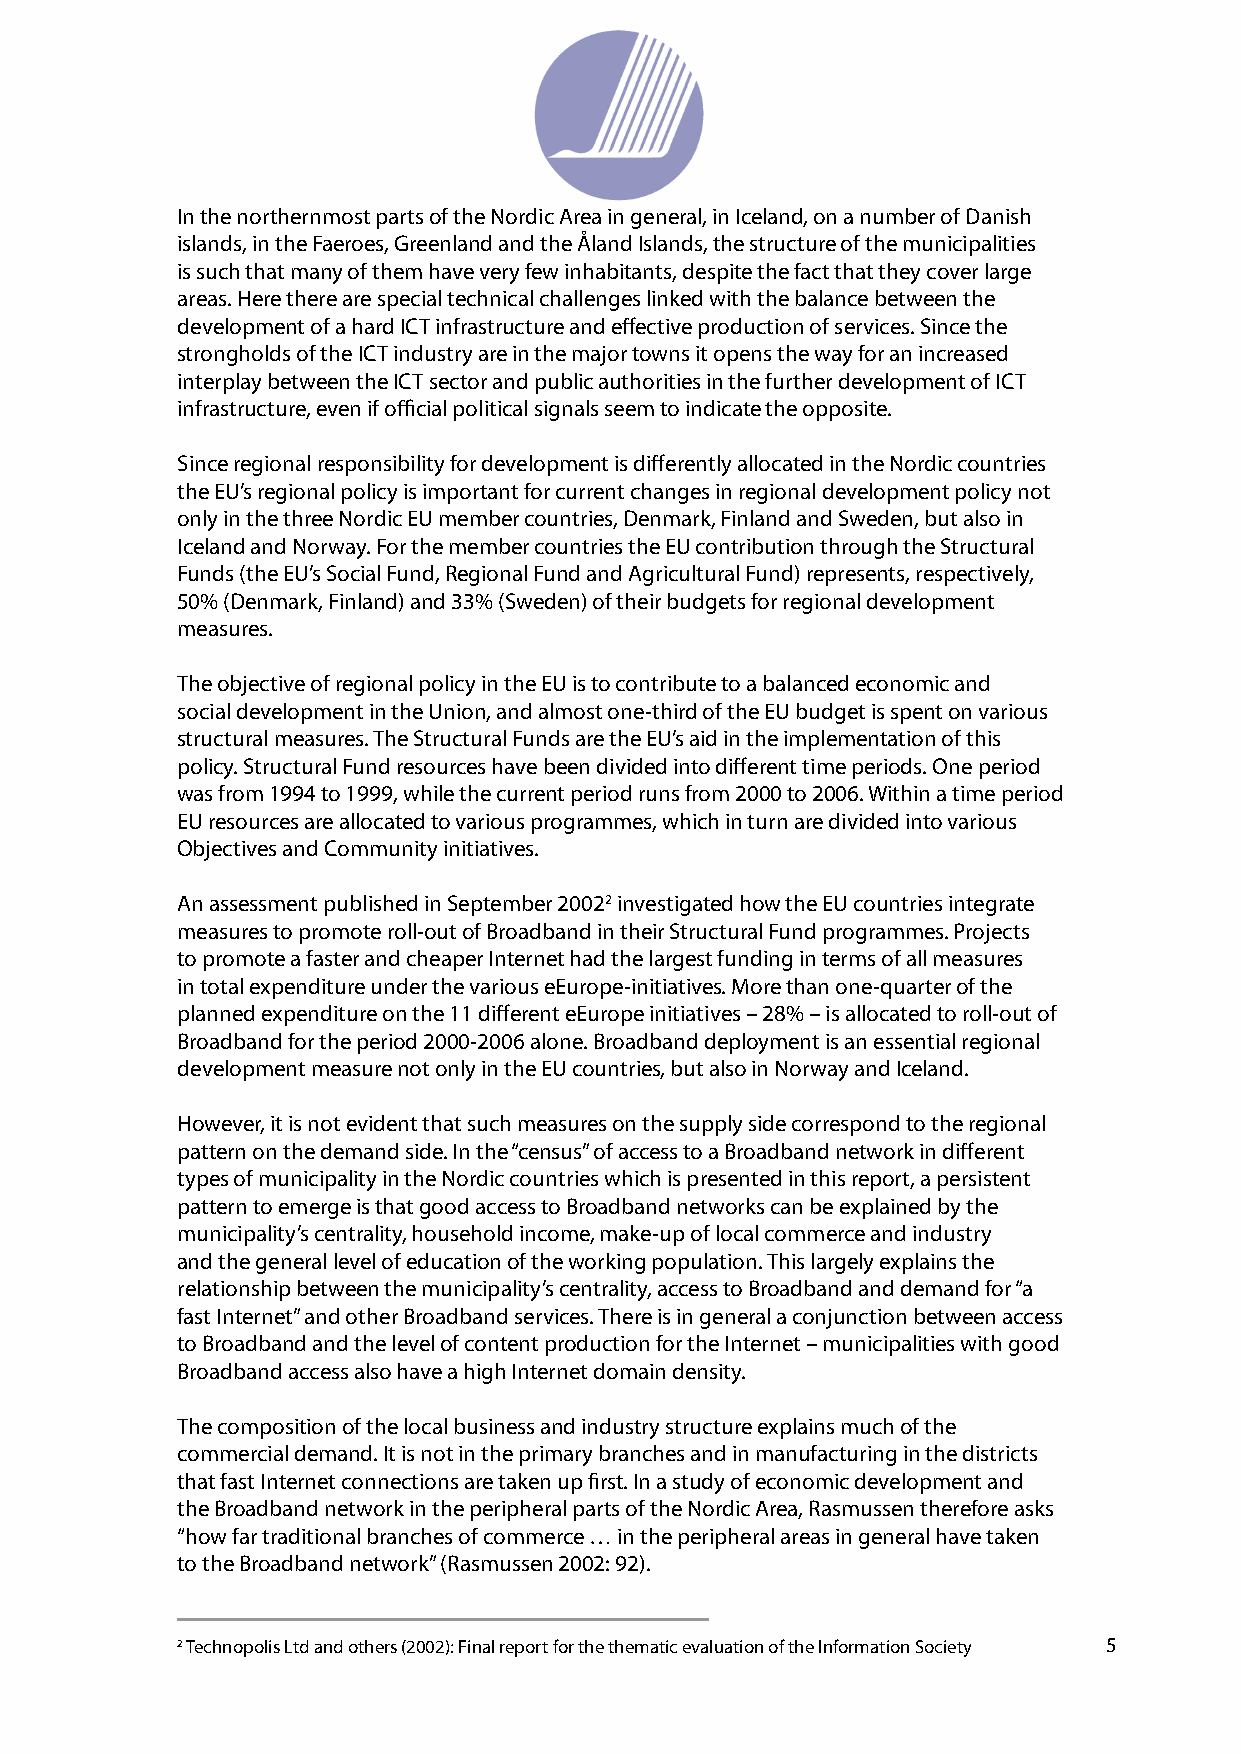
In the northernmost parts of the Nordic Area in general, in Iceland, on a number of Danish
 islands, in the Faeroes, Greenland and the Åland Islands, the structure of the municipalities
 is such that many of them have very few inhabitants, despite the fact that they cover large
 areas. Here there are special technical challenges linked with the balance between the
 development of a hard ICT infrastructure and eff ective production of services. Since the
 strongholds of the ICT industry are in the major towns it opens the way for an increased
 interplay between the ICT sector and public authorities in the further development of ICT
 infrastructure, even if offi cial political signals seem to indicate the opposite.
 Since regional responsibility for development is diff erently allocated in the Nordic countries
 the EU’s regional policy is important for current changes in regional development policy not
 only in the three Nordic EU member countries, Denmark, Finland and Sweden, but also in
 Iceland and Norway. For the member countries the EU contribution through the Structural
 Funds (the EU’s Social Fund, Regional Fund and Agricultural Fund) represents, respectively,
 50% (Denmark, Finland) and 33% (Sweden) of their budgets for regional development
 measures.
 The objective of regional policy in the EU is to contribute to a balanced economic and
 social development in the Union, and almost one-third of the EU budget is spent on various
 structural measures. The Structural Funds are the EU’s aid in the implementation of this
 policy. Structural Fund resources have been divided into diff erent time periods. One period
 was from 1994 to 1999, while the current period runs from 2000 to 2006. Within a time period
 EU resources are allocated to various programmes, which in turn are divided into various
 Objectives and Community initiatives.
 An assessment published in September 20022 investigated how the EU countries integrate
 measures to promote roll-out of Broadband in their Structural Fund programmes. Projects
 to promote a faster and cheaper Internet had the largest funding in terms of all measures
 in total expenditure under the various eEurope-initiatives. More than one-quarter of the
 planned expenditure on the 11 diff erent eEurope initiatives – 28% – is allocated to roll-out of
 Broadband for the period 2000-2006 alone. Broadband deployment is an essential regional
 development measure not only in the EU countries, but also in Norway and Iceland.
 However, it is not evident that such measures on the supply side correspond to the regional
 pattern on the demand side. In the “census” of access to a Broadband network in diff erent
 types of municipality in the Nordic countries which is presented in this report, a persistent
 pattern to emerge is that good access to Broadband networks can be explained by the
 municipality’s centrality, household income, make-up of local commerce and industry
 and the general level of education of the working population. This largely explains the
 relationship between the municipality’s centrality, access to Broadband and demand for “a
 fast Internet” and other Broadband services. There is in general a conjunction between access
 to Broadband and the level of content production for the Internet – municipalities with good
 Broadband access also have a high Internet domain density.
 The composition of the local business and industry structure explains much of the
 commercial demand. It is not in the primary branches and in manufacturing in the districts
 that fast Internet connections are taken up fi rst. In a study of economic development and
 the Broadband network in the peripheral parts of the Nordic Area, Rasmussen therefore asks
 “how far traditional branches of commerce … in the peripheral areas in general have taken
 to the Broadband network” (Rasmussen 2002: 92).
 4           2 Technopolis Ltd and others (2002): Final report for the thematic evaluation of the Information Society 5